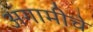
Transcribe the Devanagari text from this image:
अंगामीचे